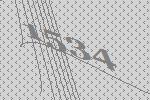
1534